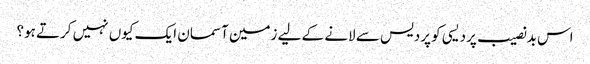
اس بدنصیب پردیسی کو پردیس سے لانے کے لیے زمین آسمان ایک کیوں نہیں کرتے ہو؟